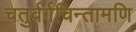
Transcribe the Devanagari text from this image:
चतुर्वर्गचिन्तामणि